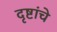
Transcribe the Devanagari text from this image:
दृष्टांचे